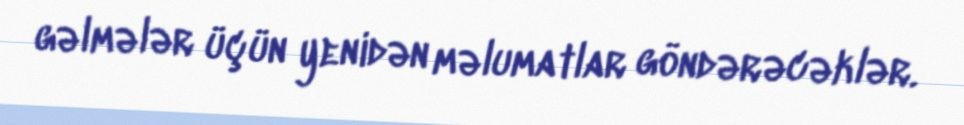
gəlmələr üçün yenidən məlumatlar göndərəcəklər.